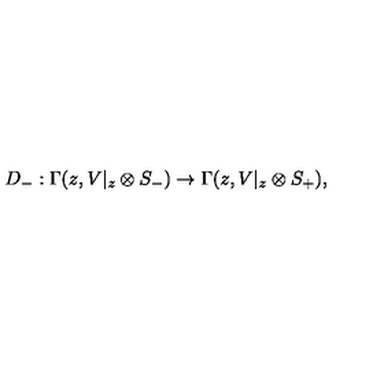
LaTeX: D _ { - } : \Gamma ( z , V | _ { z } \otimes S _ { - } ) \rightarrow \Gamma ( z , V | _ { z } \otimes S _ { + } ) ,